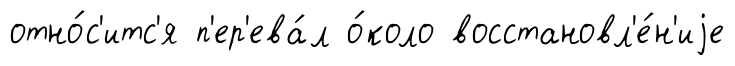
отно́с'итс'я п'ер'ева́л о́коло восстановл'е́н'иjе